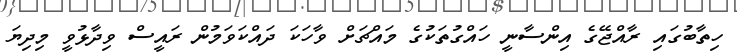
ހިތާބުގައި ރާއްޖޭގެ އިންސާނީ ހައްގުތަކުގެ މައްޗަށް ވާހަކަ ދައްކަވަމުން ރައީސް ވިދާޅުވީ މިދިޔަ